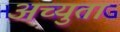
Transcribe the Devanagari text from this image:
अच्युता